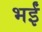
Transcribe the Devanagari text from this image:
भईं